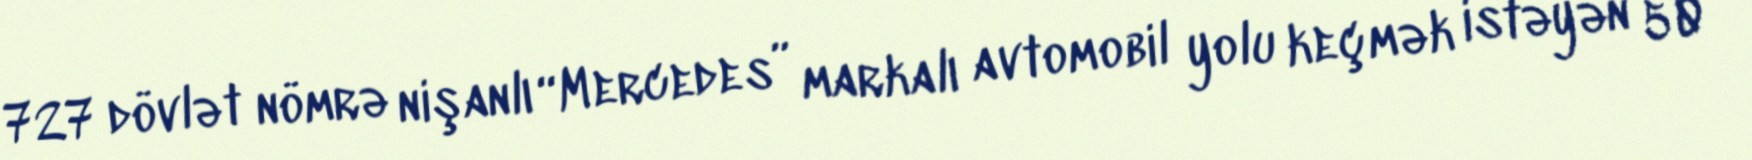
727 dövlət nömrə nişanlı “Mercedes” markalı avtomobil yolu keçmək istəyən 50